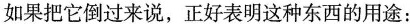
如果把它倒过来说，正好表明这种东西的用途：